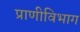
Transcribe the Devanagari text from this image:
प्राणीविभाग